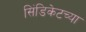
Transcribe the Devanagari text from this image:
सिंडिकेटच्या